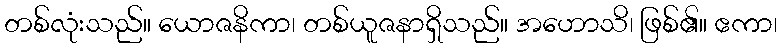
တစ်လုံးသည်။ ယောဇနိကာ၊ တစ်ယူဇနာရှိသည်။ အဟောသိ၊ ဖြစ်၏။ ဧကာ၊